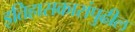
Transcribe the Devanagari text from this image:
इतिहासकारांपुढील